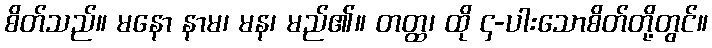
စိတ်သည်။ မနော နာမ၊ မန၊ မည်၏။ တတ္ထ၊ ထို ၄-ပါးသောစိတ်တို့တွင်။